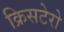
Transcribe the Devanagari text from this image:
क्रिसटेरो